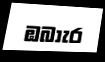
ඹබාැර